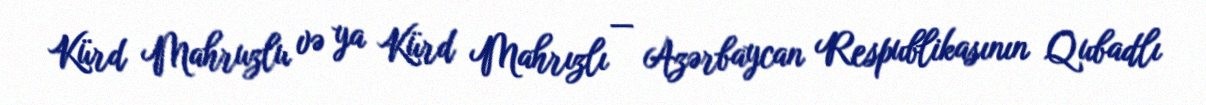
Kürd Mahruzlu və ya Kürd Mahrızlı — Azərbaycan Respublikasının Qubadlı